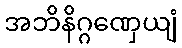
အဘိနိဂ္ဂဏှေယျံ